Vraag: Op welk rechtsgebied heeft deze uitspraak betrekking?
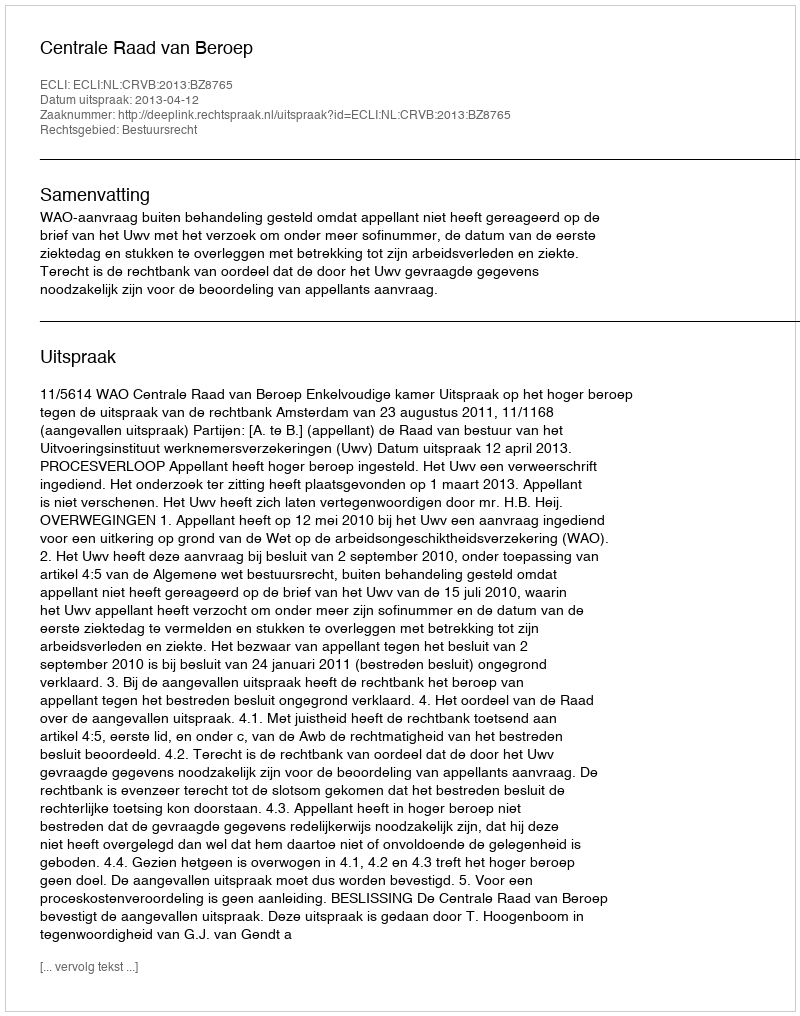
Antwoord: Bestuursrecht